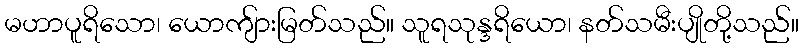
မဟာပူရိသော၊ ယောကျ်ားမြတ်သည်။ သူရသုန္ဒရိယော၊ နတ်သမီးပျိုတို့သည်။